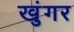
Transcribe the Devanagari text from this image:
खुंगर